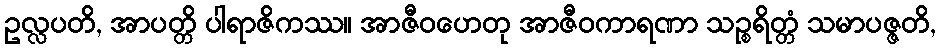
ဥလ္လပတိ, အာပတ္တိ ပါရာဇိကဿ။ အာဇီဝဟေတု အာဇီဝကာရဏာ သဉ္စရိတ္တံ သမာပဇ္ဇတိ,